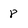
Character: 8